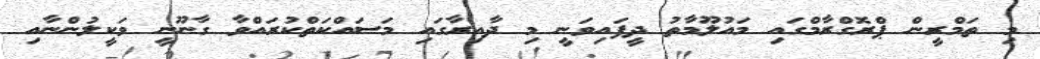
މި ތަމްރީން ޕްރޮގްރާމްގައި މައުލޫމާތު ދީފައިވަނީ މި ދާއިރާގައި މަސައްކަތްކުރައްވާ ގާނޫނީ ވަކީލުންނާއި